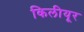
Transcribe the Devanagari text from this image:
किलीयूर